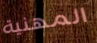
المهنية